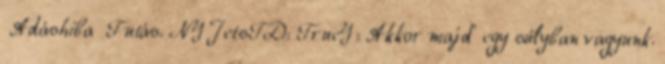
Adáshiba Futás. NYJetsTD: TrueY: Akkor majd' egy súlyban vagyunk.